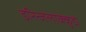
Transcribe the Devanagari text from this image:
इरिन्जलाक्कुडा